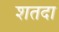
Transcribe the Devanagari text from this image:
शतदा